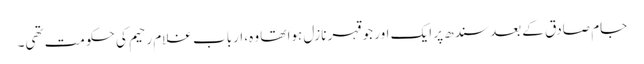
جام صادق کے بعد سندھ پر ایک اور جو قہر نازل ہوا تھا وہ، ارباب غلام رحیم کی حکومت تھی۔